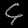
Digit: ၄